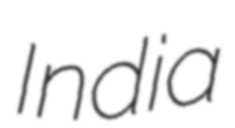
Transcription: India